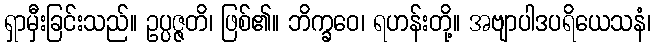
ရှာမှီးခြင်းသည်။ ဥပ္ပဇ္ဇတိ၊ ဖြစ်၏။ ဘိက္ခဝေ၊ ရဟန်းတို့။ အဗျာပါဒပရိယေသနံ၊